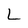
Character: L